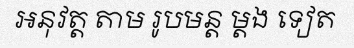
អនុវត្ត តាម រូបមន្ត ម្តង ទៀត